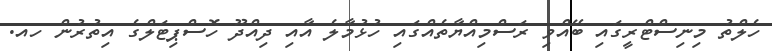
ހެލްތު މިނިސްޓްރީގައި ބޭއްވި ރަސްމިއްޔާތެއްގައި ހުޅުމާލެ އާއި ދިއްދޫ ހޮސްޕިޓަލްގެ އިތުރުން ހއ.